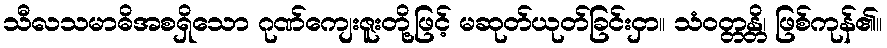
သီလသမာဓိအစရှိသော ဂုဏ်ကျေးဇူးတို့ဖြင့် မဆုတ်ယုတ်ခြင်းငှာ။ သံဝတ္တန္တိ၊ ဖြစ်ကုန်၏။